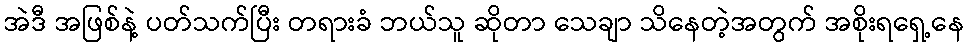
အဲဒီ အဖြစ်နဲ့ ပတ်သက်ပြီး တရားခံ ဘယ်သူ ဆိုတာ သေချာ သိနေတဲ့အတွက် အစိုးရရှေ့နေ